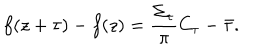
LaTeX: f ( z + \tau ) - f ( z ) = \frac { \Sigma _ { \tau } } { \pi } C _ { \tau } - \bar { \tau } .